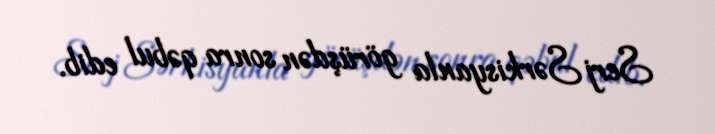
Serj Sərkisyanla görüşdən sonra qəbul edib.